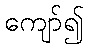
ကျော်၍